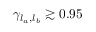
\gamma _ { l _ { a } , l _ { b } } \gtrsim 0 . 9 5